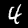
Label: 4